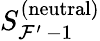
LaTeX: S_{\mathcal{F}^{\prime}\, -1}^{(\mathrm{neutral})}